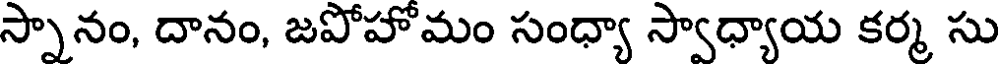
స్పానం, దానం, జపోహోమం సంధ్యా స్వాధ్యాయ కర్మ సు